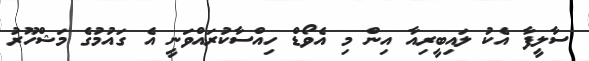
ސާލީފާ އެކު ލައިބީރިއާ އިން މި އެވޯޑް ހިއްސާކުރައްވަނީ އެ ގައުމުގެ މަޝްހޫރު